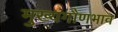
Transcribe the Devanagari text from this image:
मुख्यगौणभाव